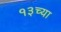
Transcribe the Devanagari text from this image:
१३च्या